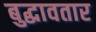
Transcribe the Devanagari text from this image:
बुद्धावतार